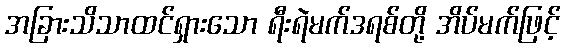
အခြားသိသာထင်ရှားသော ရီးရဲမက်ဒရစ်တို့ အိပ်မက်ဖြင့်